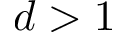
d > 1